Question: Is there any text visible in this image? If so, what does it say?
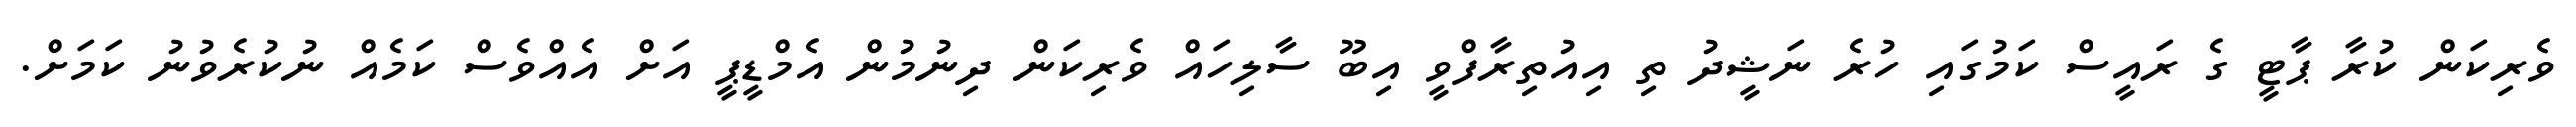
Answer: ވެރިކަން ކުރާ ޕާޓީ ގެ ރައީސް ކަމުގައި ހުރެ ނަޝީދު ތި އިއުތިރާފްވީ އިބޫ ސާލިހައް ވެރިކަން ދިނުމުން އެމްޑީޕީ އަށް އެއްވެސް ކަމެއް ނުކުރެވުނު ކަމަށް.